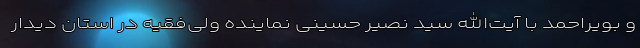
و بویراحمد با آیت‌الله سید نصیر حسینی نماینده ولی‌فقیه در استان دیدار